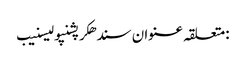
:متعلقہ عنوان سندھکرپشنپولیسنیب